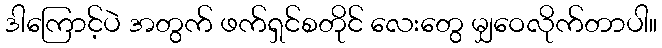
ဒါကြောင့်ပဲ အတွက် ဖက်ရှင်စတိုင် လေးတွေ မျှဝေလိုက်တာပါ။